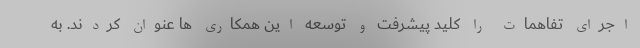
اجرای تفاهمات را کلید پیشرفت و توسعه این همکاری ها عنوان کردند. به